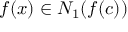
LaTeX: f ( x ) \in N _ { 1 } ( f ( c ) )